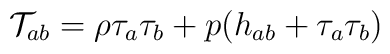
\mathcal{T}_{ab}=\rho \tau_a\tau_b+p(h_{ab}+\tau_a\tau_b)